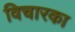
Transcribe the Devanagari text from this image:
विचारका